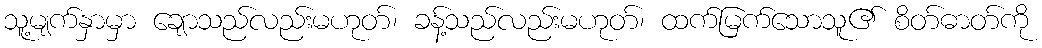
သူ့မျက်နှာမှာ ချောသည်လည်းမဟုတ်၊ ခန့်သည်လည်းမဟုတ်၊ ထက်မြက်သောသူ၏ စိတ်ဓာတ်ကို